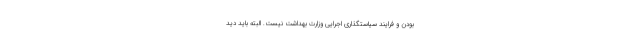
بودن و فرایند سیاستگذاری اجرایی وزارت بهداشت نیست. البته باید دید